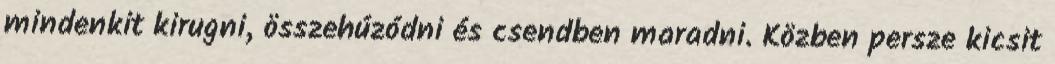
mindenkit kirugni, összehúzódni és csendben maradni. Közben persze kicsit